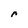
Character: r